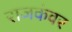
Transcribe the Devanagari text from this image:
राजकंवर